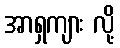
အာရှကျား လို့